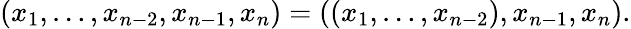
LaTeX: (x_{1},\ldots,x_{n-2},x_{n-1},x_{n})=((x_{1},\ldots,x_{n-2}),x_{n-1},x_{n}).